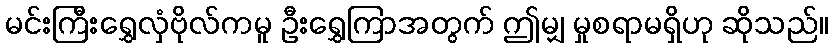
မင်းကြီးရွှေလှံဗိုလ်ကမူ ဦးရွှေကြာအတွက် ဤမျှ မှုစရာမရှိဟု ဆိုသည်။